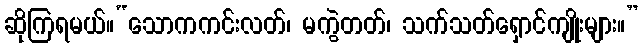
ဆိုကြရမယ်။“သောကကင်းလတ်၊ မကွဲတတ်၊ သက်သတ်ရှောင်ကျိုးများ။”